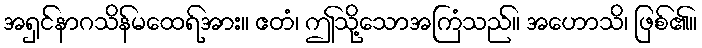
အရှင်နာဂသိန်မထေရ်အား။ ဧတံ၊ ဤသို့သောအကြံသည်။ အဟောသိ၊ ဖြစ်၏။